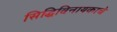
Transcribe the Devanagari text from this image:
सिद्धिविनायकाचे